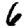
Digit: 6